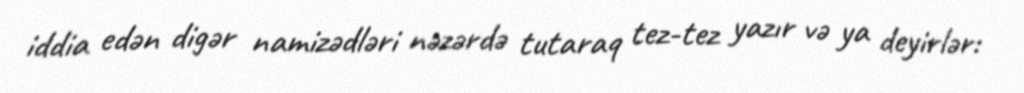
iddia edən digər namizədləri nəzərdə tutaraq tez-tez yazır və ya deyirlər: